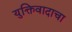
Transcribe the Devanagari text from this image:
युक्तिवादाचा